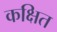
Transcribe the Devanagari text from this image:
कक्षित